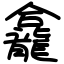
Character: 龕